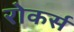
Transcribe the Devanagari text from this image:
रोकर्स